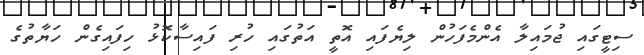
ސިޓީގައި ޖުމައިލާ އެންމެފަހުން ލިޔެފައި އޮތީ އަތުގައި ހުރި ފައިސާކޮޅު ހިފައިގެން ހަޔާތުގެ